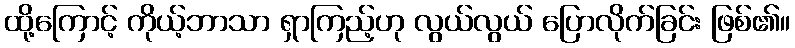
ထို့ကြောင့် ကိုယ့်ဘာသာ ရှာကြည့်ဟု လွယ်လွယ် ပြောလိုက်ခြင်း ဖြစ်၏။